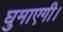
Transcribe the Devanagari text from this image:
घुमाएगी।